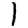
Digit: 1